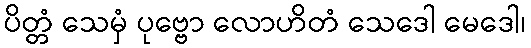
ပိတ္တံ သေမှံ ပုဗ္ဗော လောဟိတံ သေဒေါ မေဒေါ၊